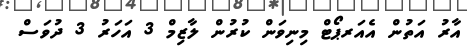
އާރު އަތުން އެއަރޕޯޓް މިނިވަން ކުރުން ލާޒިމް 3 އަހަރު 3 ދުވަސް